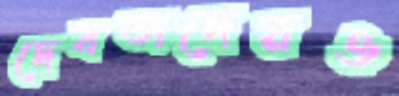
দেবতাদেরও